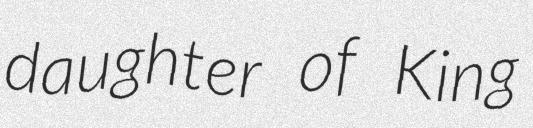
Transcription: daughter of King